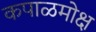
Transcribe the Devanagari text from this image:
कपाळमोक्ष